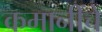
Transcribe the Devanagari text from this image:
कमानींचे